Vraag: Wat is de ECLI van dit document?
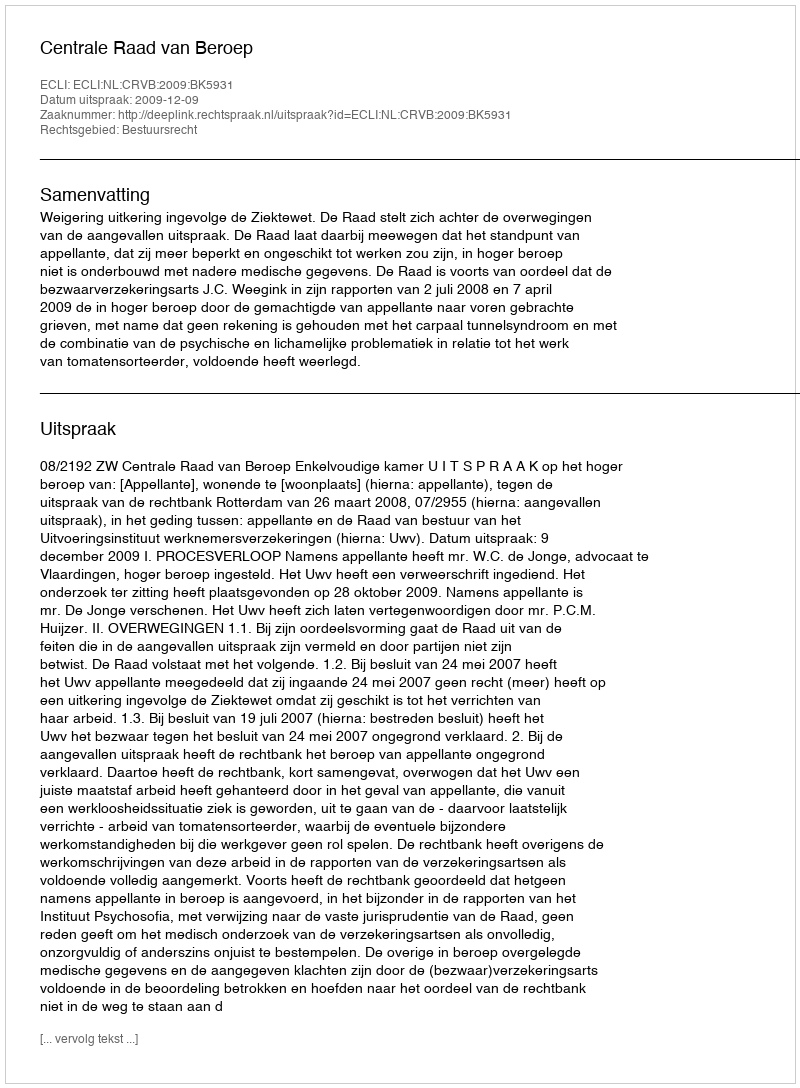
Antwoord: ECLI:NL:CRVB:2009:BK5931